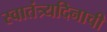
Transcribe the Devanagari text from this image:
स्वातंत्र्यदिनाची